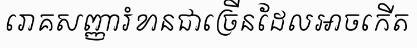
រោគសញ្ញារំខានជាច្រើនដែលអាចកើត